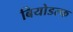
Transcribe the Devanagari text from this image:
बियोडल्फ